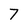
Character: 7